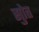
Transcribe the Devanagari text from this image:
सुोत